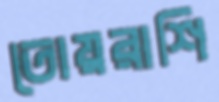
তোয়রাশি